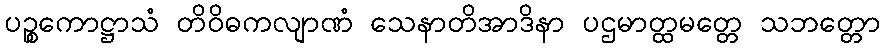
ပဉ္စကောဋ္ဌာသံ တိဝိဓကလျာဏံ သေနာတိအာဒိနာ ပဌမာတ္ထမတ္တေ သဘတ္တော